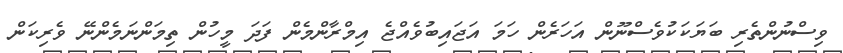
ވިސްނުންތެރި ބަޔަކަކުވެސްނޫން އަހަރެން ހަމަ އަޖައިބުވެއްޖެ އިމްރާންމެން ފަދަ މީހުން ތިމަންނަމެންނޭ ވެރިކަން